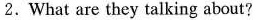
2. What are they talking about?